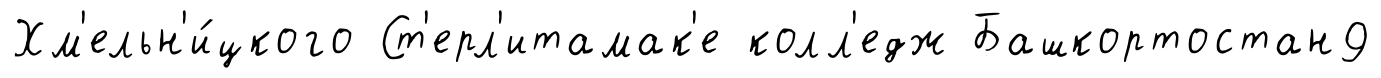
Хм'ельн'и́цкого Ст'ерл'итамак'е колл'едж Башкортостан9